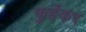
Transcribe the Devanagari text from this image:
कुर्हेकर